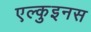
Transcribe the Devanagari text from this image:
एल्कुइनस